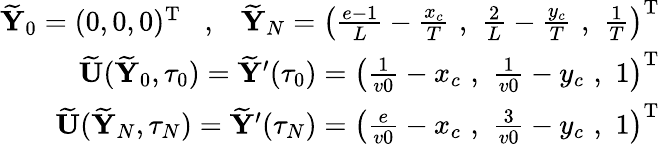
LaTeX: \begin{array}{r}{\widetilde{{\mathbf Y}}_{0}=(0,0,0)^{{\mathrm T}}\; \; \; ,\; \; \; \widetilde{{\mathbf Y}}_{N}=\left(\frac{e-1}{L}-\frac{x_{c}}{T}\, \, ,\, \, \frac{2}{L}-\frac{y_{c}}{T}\, \, ,\, \, \frac{1}{T}\right)^{{\mathrm T}}}\\ {\widetilde{{\mathbf U}}(\widetilde{{\mathbf Y}}_{0},\tau_{0})=\widetilde{{\mathbf Y}}^{\prime}(\tau_{0})=\left(\frac{1}{v0}-x_{c}\, \, ,\, \, \frac{1}{v0}-y_{c}\, \, ,\, \, 1\right)^{{\mathrm T}}}\\ {\widetilde{{\mathbf U}}(\widetilde{{\mathbf Y}}_{N},\tau_{N})=\widetilde{{\mathbf Y}}^{\prime}(\tau_{N})=\left(\frac{e}{v0}-x_{c}\, \, ,\, \, \frac{3}{v0}-y_{c}\, \, ,\, \, 1\right)^{{\mathrm T}}}\end{array}